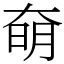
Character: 奛